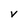
Character: v